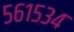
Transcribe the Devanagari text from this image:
५६१५३४